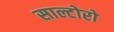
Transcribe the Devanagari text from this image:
साल्टोरो